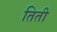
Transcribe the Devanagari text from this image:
तिती